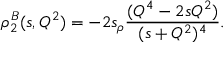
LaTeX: \rho _ { 2 } ^ { B } ( s , Q ^ { 2 } ) = - 2 s _ { \rho } \frac { ( Q ^ { 4 } - 2 s Q ^ { 2 } ) } { ( s + Q ^ { 2 } ) ^ { 4 } } .